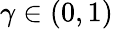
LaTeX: \gamma\in(0,1)